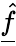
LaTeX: \underline{{\hat{f}}}